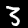
Label: 3